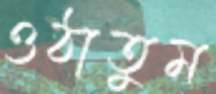
ওঠাতুম